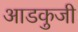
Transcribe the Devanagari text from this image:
आडकुजी